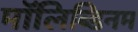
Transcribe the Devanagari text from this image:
मॉलिब्डिनम